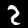
Digit: 2